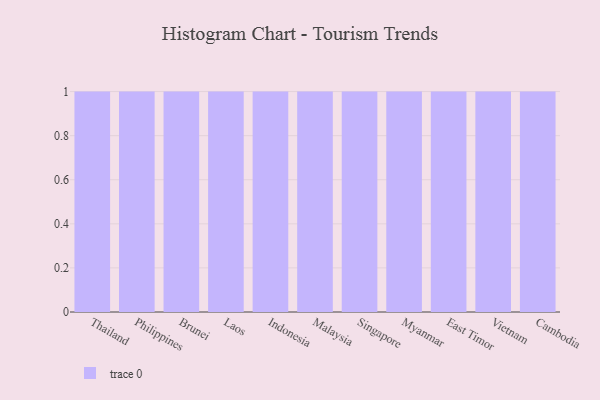
{"axis": {"x": "Country", "y": "Market Share (%)"}, "legend": [""], "data": [{"x": "Thailand", "y": 74, "type": ""}, {"x": "Philippines", "y": 76, "type": ""}, {"x": "Brunei", "y": 19, "type": ""}, {"x": "Laos", "y": 55, "type": ""}, {"x": "Indonesia", "y": 53, "type": ""}, {"x": "Malaysia", "y": 1, "type": ""}, {"x": "Singapore", "y": 16, "type": ""}, {"x": "Myanmar", "y": 4, "type": ""}, {"x": "East Timor", "y": 29, "type": ""}, {"x": "Vietnam", "y": 15, "type": ""}, {"x": "Cambodia", "y": 41, "type": ""}]}